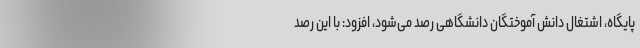
پایگاه، اشتغال دانش آموختگان دانشگاهی رصد می‌شود، افزود: با این رصد